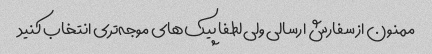
ممنون از سفارش ارسالی ولی لطفا پیک‌های موجه‌تری انتخاب کنید